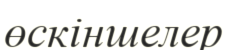
өскіншелер